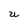
Character: U